Leaving Certificate Examination, 1902
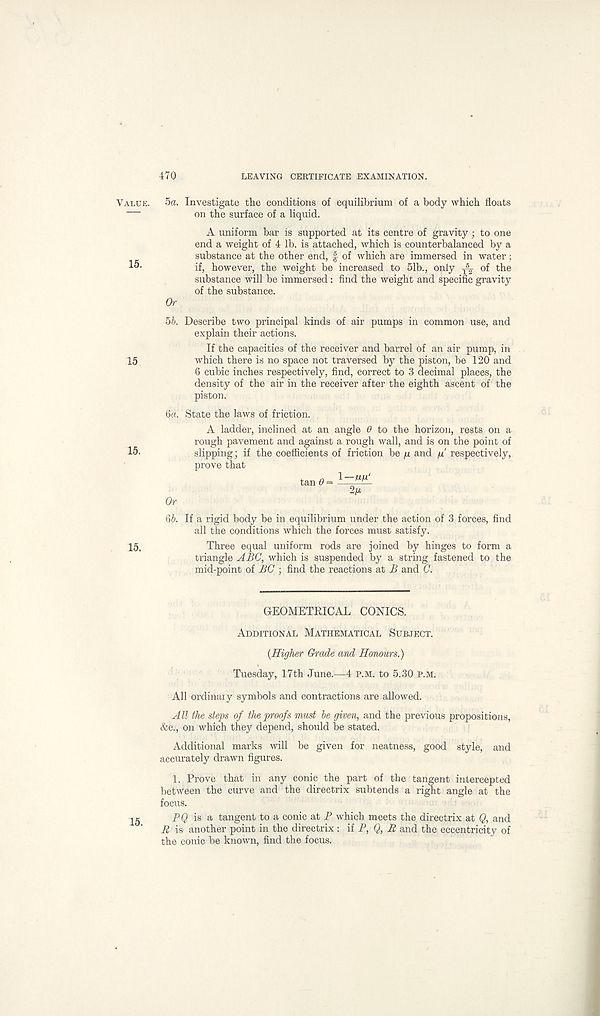
470
LEAVING CERTIFICATE EXAMINATION.
Value.
15.
15
15.
15.
5a. Investigate the conditions of equilibrium of a body which floats
on the surface of a liquid.
A uniform bar is supported at its centre of gravity ; to one
end a weight of 4 lb. is attached, which is counterbalanced by a
substance at the other end, f of which are immersed in water;
if, however, the weight be increased to 51b., only T \ of the
substance will be immersed: find the weight and specific gravity
of the substance.
5b. Describe two principal kinds of air pumps in common use, and
explain their actions.
If the capacities of the receiver and barrel of an air pump, in
which there is no space not traversed by the piston, be 120 and
6 cubic inches respectively, find, correct to 3 decimal places, the
density of the air in the receiver after the eighth ascent of the
piston.
ба. State the laws of friction.
A ladder, inclined at an angle 0 to the horizon, rests on a
rough pavement and against a rough wall, and is on the point of
slipping; if the coefficients of friction be /u and q' respectively,
prove that
tan 6 = ^ ~~
Or
бб. If a rigid body be in equilibrium under the action of 3 forces, find
all the conditions which the forces must satisfy.
Three equal uniform rods are joined by hinges to form a
triangle ABC, which is suspended by a string fastened to the
mid-point of BC ; find the reactions at B and C.
GEOMETRICAL CONICS.
Additional Mathematical Subject.
(Higher Grade and Honours.)
Tuesday, 17th June.—4 P.M. to 5.30 P.M.
All ordinal y symbols and contractions are allowed.
All the steps of the proofs must be given, and the previous propositions,
&c., on which they depend, should be stated.
Additional marks will be given for neatness, good style, and
accurately drawn figures.
1. Prove that in any conic the part of the tangent intercepted
between the curve and the directrix subtends a right angle at the
focus.
PQ is a tangent to a conic at P which meets the directrix at Q, and
R is another point in the directrix : if P, Q, R and the eccentricity of
the conic be known, find the focus.